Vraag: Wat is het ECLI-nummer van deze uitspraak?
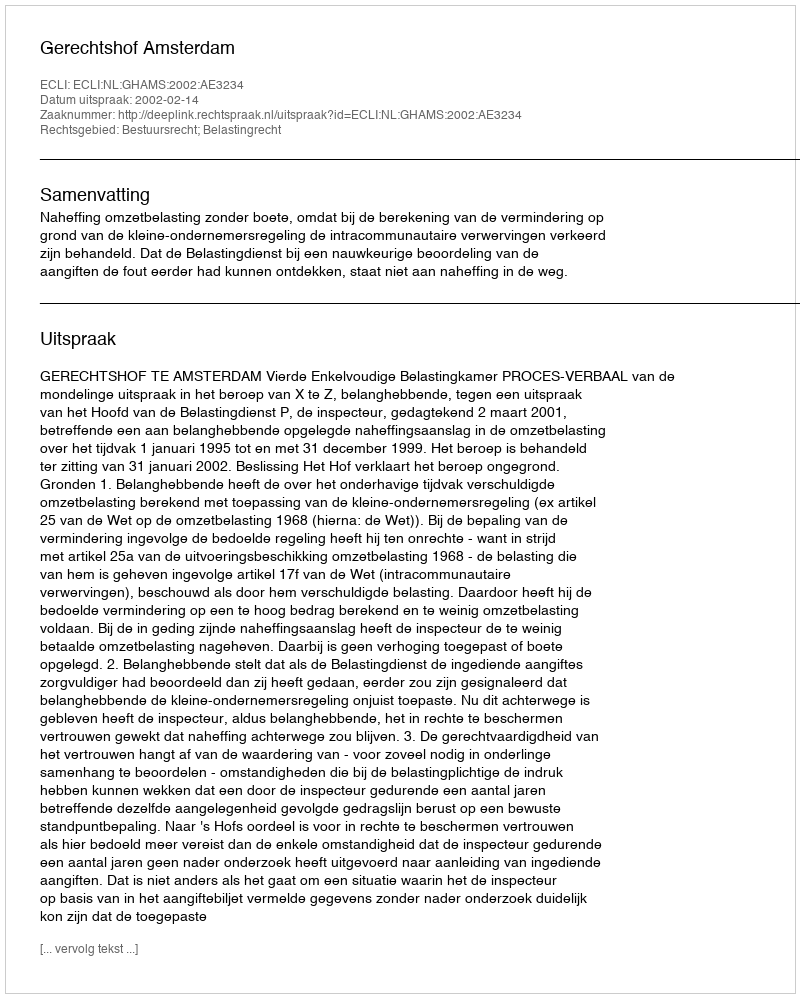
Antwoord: ECLI:NL:GHAMS:2002:AE3234